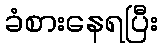
ခံစားနေရပြီး